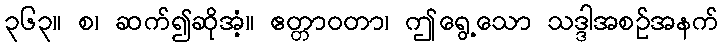
၃၆၃။ စ၊ ဆက်၍ဆိုအံ့။ ဧတ္တာဝတာ၊ ဤရွေ့သော သဒ္ဒါအစဉ်အနက်